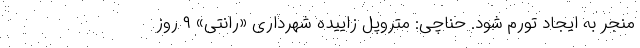
منجر به ایجاد تورم شود. حناچی: متروپل زاییده شهرداری «رانتی» ۹ روز